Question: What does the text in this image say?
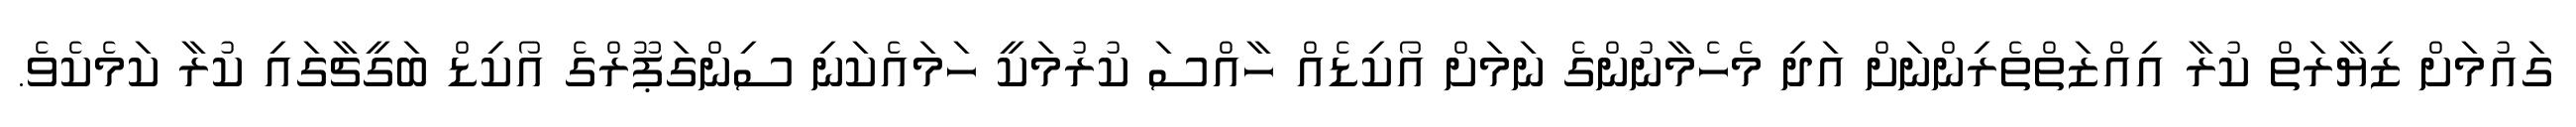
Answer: ގައުމަށް ޒިޔާރަތް ކުރާ އިއްޒަތްތެރިންނަށް އަދި މެހެމާނުންގެ ނަމަށް އޯކިޑެއް ހާއްސަ ކުރުމަކީ ހަމައެކަނި ސިންގަޕޫރްގެ އޯކިޑް ބަގީޗާގައި ކުރާ ކަމެކެވެ.